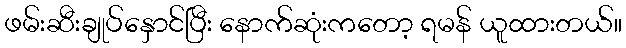
ဖမ်းဆီးချုပ်နှောင်ပြီး နောက်ဆုံးကတော့ ရမန် ယူထားတယ်။